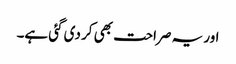
اور یہ صراحت بھی کر دی گئی ہے۔